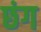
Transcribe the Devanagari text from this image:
छंग